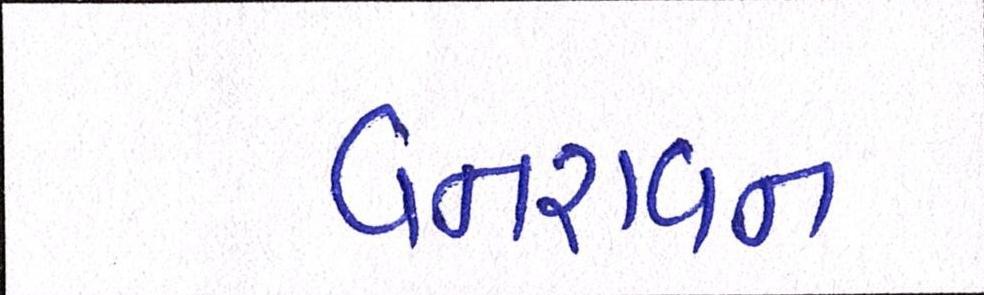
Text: વનરાવન